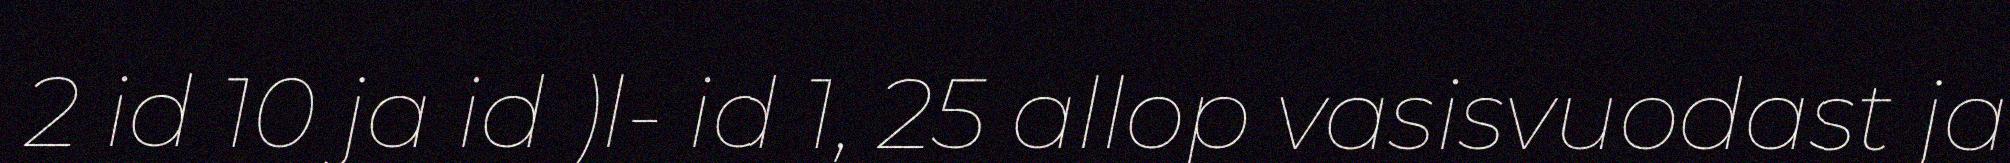
2 id 10 ja id )l- id 1, 25 allop vasisvuodast ja